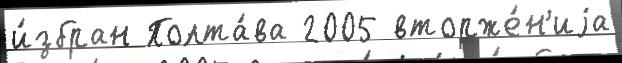
и́збран Полта́ва 2005 вторже́н'иjа